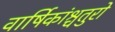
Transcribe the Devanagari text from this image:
वार्षिकांश्चतुरो